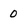
Character: 0